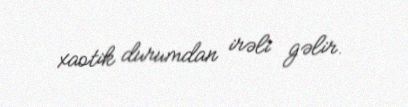
xaotik durumdan irəli gəlir.